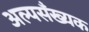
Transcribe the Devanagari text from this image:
अल्पसँख्यक